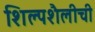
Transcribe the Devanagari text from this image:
शिल्पशैलीची